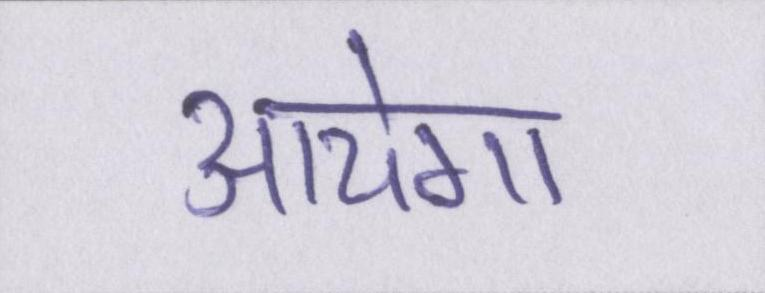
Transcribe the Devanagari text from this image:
आयेगा